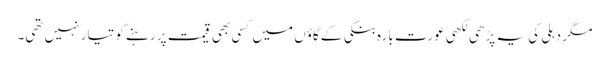
مگر دہلی کی یہ پڑھی لکھی عورت بارہ بنکی کے گاؤں میں کسی بھی قیمت پر رہنے کو تیار نہیں تھی۔